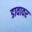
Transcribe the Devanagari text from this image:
डावावर